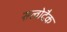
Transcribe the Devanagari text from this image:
सत्वोद्रैक